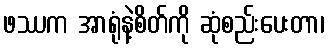
ဖဿက အာရုံနဲ့စိတ်ကို ဆုံစည်းပေးတာ၊